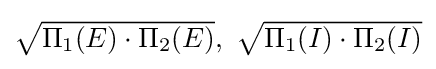
{\textstyle {\sqrt {\Pi _{1}(E)\cdot \Pi _{2}(E)}},\ {\sqrt {\Pi _{1}(I)\cdot \Pi _{2}(I)}}}